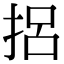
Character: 捛